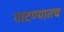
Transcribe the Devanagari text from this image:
पाटण्यातच